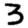
Digit: 3